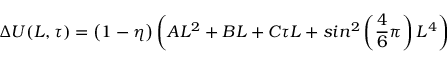
\Delta U ( L , \tau ) = \left( 1 - \eta \right) \left( A L ^ { 2 } + B L + C \tau L + s i n ^ { 2 } \left( \frac { 4 } { 6 } \pi \right) L ^ { 4 } \right)